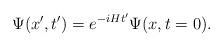
LaTeX: \begin{align*} \Psi(x',t') = e^{-iHt'} \Psi(x,t=0).\end{align*}